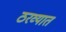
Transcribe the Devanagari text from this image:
ठरव्यात